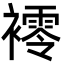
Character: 䙥